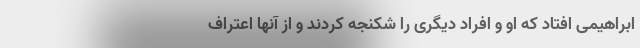
ابراهیمی افتاد که او و افراد دیگری را شکنجه کردند و از آنها اعتراف